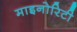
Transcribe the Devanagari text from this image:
माइनोरिटी